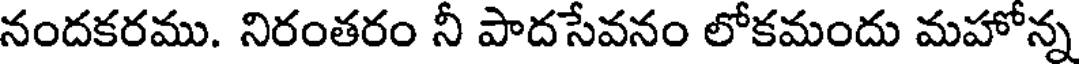
నందకరము. నిరంతరం నీ పాదసేవనం లోకమందు మహోన్న